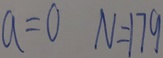
a = 0 N = 1 7 9